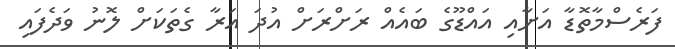
ފަރެސްމާތޮޑާ އަށާއި އައްޑޫގެ ބައެއް ރަށްރަށް އުދަ އަރާ ގެތަކަށް ލޮނު ވަދެފައި